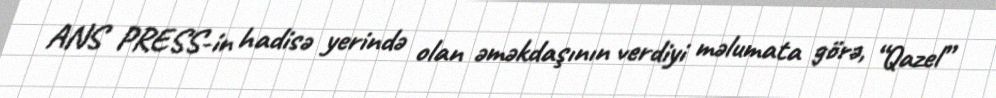
ANS PRESS-in hadisə yerində olan əməkdaşının verdiyi məlumata görə, “Qazel”